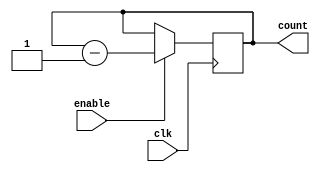
module Binary_Down_Counter_with_Enable (
    input wire clk,     // Clock signal
    input wire enable,  // Enable signal
    output reg [3:0] count // Output count signal
);

always @(posedge clk) begin
    if (enable) begin
        count <= count - 1;
    end
end

endmodule